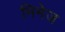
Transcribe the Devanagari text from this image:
निमेज